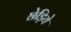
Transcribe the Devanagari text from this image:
छेड़िये